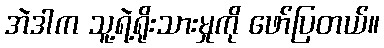
အဲဒါက သူ့ရဲ့ရိုးသားမှုကို ဖော်ပြတယ်။